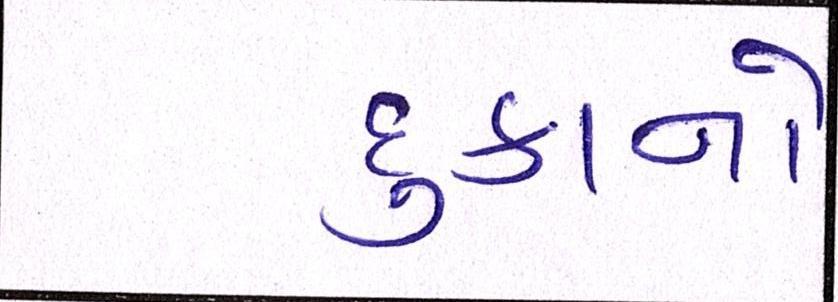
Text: દુકાનો